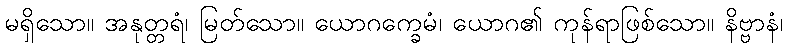
မရှိသော။ အနုတ္တရံ၊ မြတ်သော။ ယောဂက္ခေမံ၊ ယောဂ၏ ကုန်ရာဖြစ်သော။ နိဗ္ဗာနံ၊